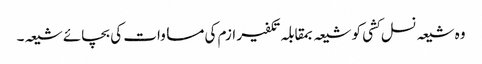
وہ شیعہ نسل کشی کو شیعہ بمقابلہ تکفیر ازم کی مساوات کی بچائے شیعہ۔